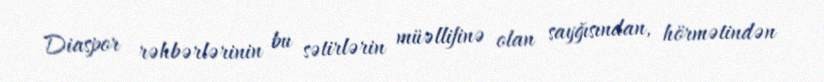
Diaspor rəhbərlərinin bu sətirlərin müəllifinə olan sayğısından, hörmətindən